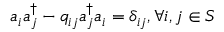
a _ { i } a _ { j } ^ { \dagger } - q _ { i j } a _ { j } ^ { \dagger } a _ { i } = \delta _ { i j } , \forall i , j \in S